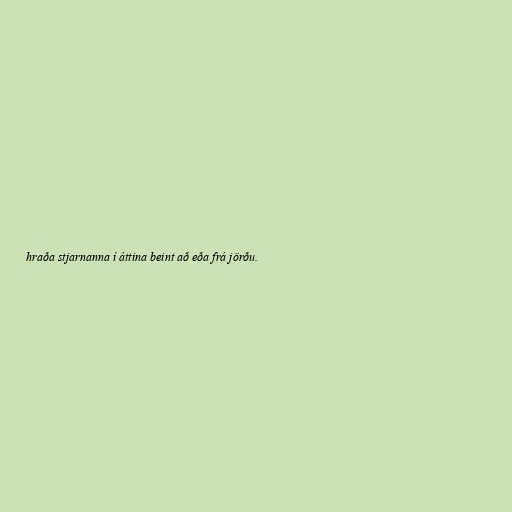
hraða stjarnanna í áttina beint að eða frá jörðu.